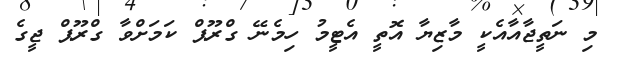
މި ނަތީޖާއާއެކީ މާޒިޔާ އޮތީ އެޓީމު ހިމެނޭ ގްރޫޕް ކަމަށްވާ ގްރޫޕް ޖީގެ